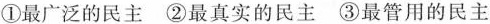
①最广泛的民主②最真实的民主③最管用的民主